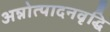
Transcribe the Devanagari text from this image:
अन्नोत्पादनवृद्धि